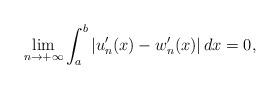
LaTeX: \begin{align*}\lim_{n\to +\infty}\int_{a}^{b}|u_{n}'(x)-w_{n}'(x)|\,dx=0,\end{align*}